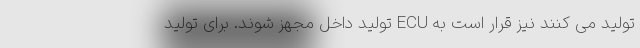
تولید می کنند نیز قرار است به ECU تولید داخل مجهز شوند. برای تولید